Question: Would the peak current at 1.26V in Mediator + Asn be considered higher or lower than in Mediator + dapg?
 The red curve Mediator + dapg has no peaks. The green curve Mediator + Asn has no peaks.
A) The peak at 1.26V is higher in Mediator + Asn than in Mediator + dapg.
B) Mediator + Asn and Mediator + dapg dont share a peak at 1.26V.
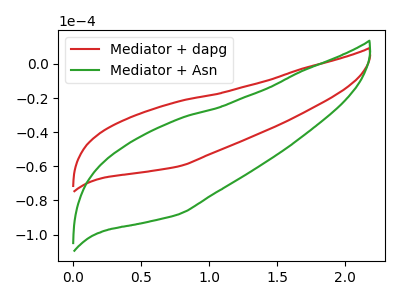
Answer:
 <answer>B) "Mediator + Asn" and "Mediator + dapg" dont share a peak at 1.26V.</answer>
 <eval>B</eval>